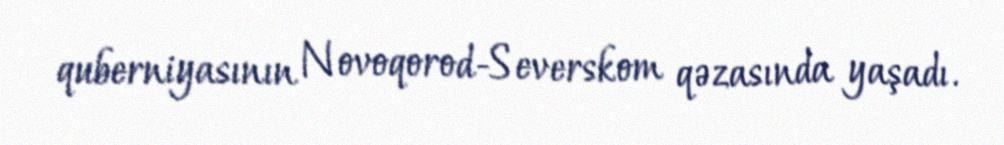
quberniyasının Novoqorod-Severskom qəzasında yaşadı.